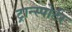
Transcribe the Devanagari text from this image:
ट्रान्स्पोर्टर